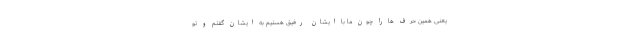
یعنی همین حرف ها را چون ما با ایشان رفیق هستیم به ایشان گفتم و تو